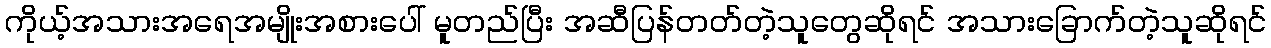
ကိုယ့်အသားအရေအမျိုးအစားပေါ် မူတည်ပြီး အဆီပြန်တတ်တဲ့သူတွေဆိုရင် အသားခြောက်တဲ့သူဆိုရင်